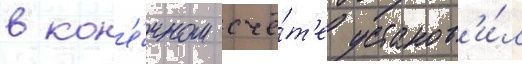
в кон'е́чном счё́т'е установ'и́л